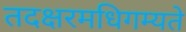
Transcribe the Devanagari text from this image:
तदक्षरमधिगम्यते